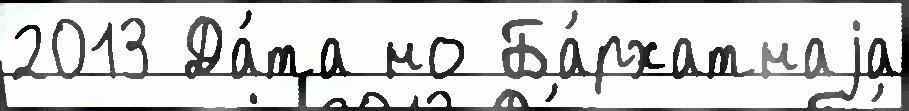
2013 Да́та но Ба́рхатнаjа